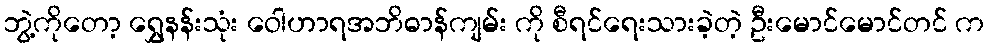
ဘွဲ့ကိုတော့ ရွှေနန်းသုံး ဝေါဟာရအဘိဓာန်ကျမ်း ကို စီရင်ရေးသားခဲ့တဲ့ ဦးမောင်မောင်တင် က